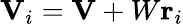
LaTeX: \mathbf{V}_{i}=\mathbf{V}+W\mathbf{r}_{i}